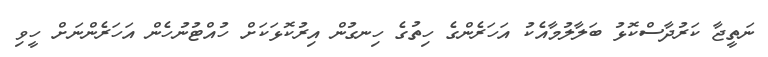
ނަތީޖާ ކަރުދާސްކޮޅު ބަލާލުމާއެކު އަހަރެންގެ ހިތުގެ ހިނގުން އިރުކޮޅަކަށް ހުއްޓުނުހެން އަހަރެންނަށް ހީވި